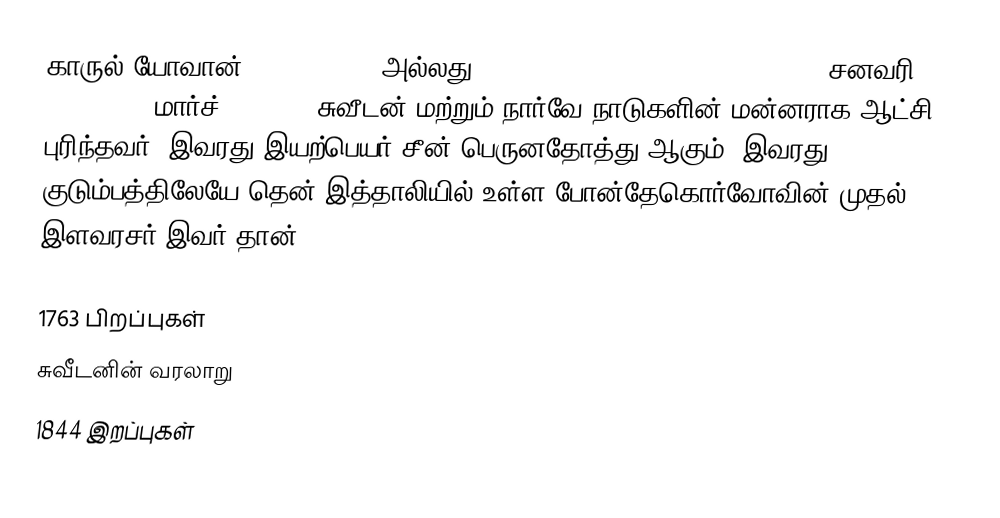
காருல் யோவான் (Karl Johan, அல்லது Charles John of Sweden and Norway, சனவரி 26, 1763 - மார்ச் 8, 1844) சுவீடன் மற்றும் நார்வே நாடுகளின் மன்னராக ஆட்சி புரிந்தவர். இவரது இயற்பெயர் சீன் பெருனதோத்து ஆகும். இவரது குடும்பத்திலேயே தென் இத்தாலியில் உள்ள போன்தேகொர்வோவின் முதல் இளவரசர் இவர் தான்.

1763 பிறப்புகள்
சுவீடனின் வரலாறு
1844 இறப்புகள்